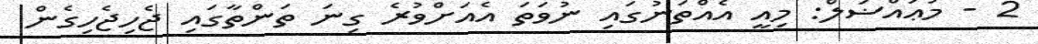
2 - މުޢައްޟަލް: މިއީ އެއްތަނުގައި ނުވަތަ އެއަށްވުރެ ގިނަ ތަންތާގައި ޖެހިޖެހިގެން